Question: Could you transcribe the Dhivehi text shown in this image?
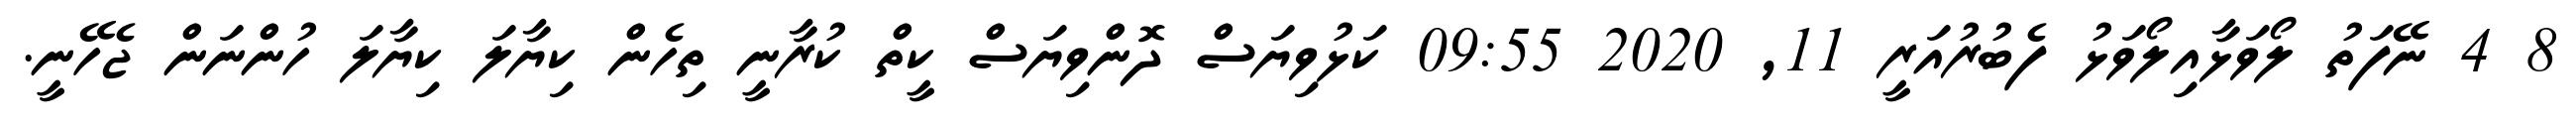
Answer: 8 4 ނޭފަތު ލޯވަޅާއިލޯވަޅު ފެބުރުއަރީ 11, 2020 09:55 ކަޅުވިޔަސް ދޮންވިޔަސް ކީތް ކުރާނީ ތިހެން ކިޔާލަ ކިޔާލަ ހުންނަން ޖެހޭނީ.